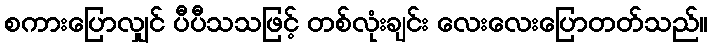
စကားပြောလျှင် ပီပီသသဖြင့် တစ်လုံးချင်း လေးလေးပြောတတ်သည်။